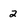
Character: 2